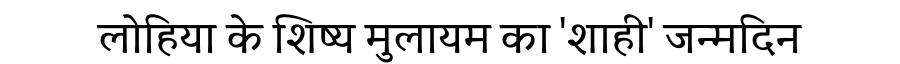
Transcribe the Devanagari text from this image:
लोहिया के शिष्य मुलायम का 'शाही' जन्मदिन